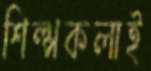
শিল্পকলাই